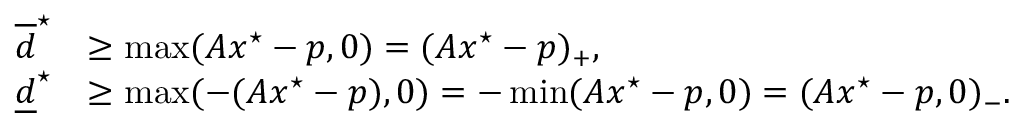
\begin{array} { r l } { \overline { d } ^ { \star } } & { \geq \operatorname* { m a x } ( A x ^ { \star } - p , 0 ) = ( A x ^ { \star } - p ) _ { + } , } \\ { \underline { d } ^ { \star } } & { \geq \operatorname* { m a x } ( - ( A x ^ { \star } - p ) , 0 ) = - \operatorname* { m i n } ( A x ^ { \star } - p , 0 ) = ( A x ^ { \star } - p , 0 ) _ { - } . } \end{array}